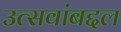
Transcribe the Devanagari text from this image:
उत्सवांबद्दल